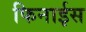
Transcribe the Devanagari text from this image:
फिनाईस